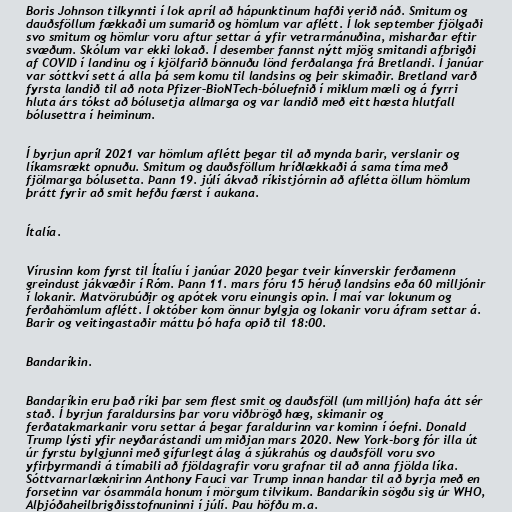
Boris Johnson tilkynnti í lok apríl að hápunktinum hafði verið náð. Smitum og
dauðsföllum fækkaði um sumarið og hömlum var aflétt. Í lok september fjölgaði
svo smitum og hömlur voru aftur settar á yfir vetrarmánuðina, misharðar eftir
svæðum. Skólum var ekki lokað. Í desember fannst nýtt mjög smitandi afbrigði
af COVID í landinu og í kjölfarið bönnuðu lönd ferðalanga frá Bretlandi. Í janúar
var sóttkví sett á alla þá sem komu til landsins og þeir skimaðir. Bretland varð
fyrsta landið til að nota Pfizer–BioNTech-bóluefnið í miklum mæli og á fyrri
hluta árs tókst að bólusetja allmarga og var landið með eitt hæsta hlutfall
bólusettra í heiminum.

Í byrjun apríl 2021 var hömlum aflétt þegar til að mynda barir, verslanir og
líkamsrækt opnuðu. Smitum og dauðsföllum hríðlækkaði á sama tíma með
fjölmarga bólusetta. Þann 19. júlí ákvað ríkistjórnin að aflétta öllum hömlum
þrátt fyrir að smit hefðu færst í aukana.

Ítalía.

Vírusinn kom fyrst til Ítalíu í janúar 2020 þegar tveir kínverskir ferðamenn
greindust jákvæðir í Róm. Þann 11. mars fóru 15 héruð landsins eða 60 milljónir
í lokanir. Matvörubúðir og apótek voru einungis opin. Í maí var lokunum og
ferðahömlum aflétt. Í október kom önnur bylgja og lokanir voru áfram settar á.
Barir og veitingastaðir máttu þó hafa opið til 18:00.

Bandaríkin.

Bandaríkin eru það ríki þar sem flest smit og dauðsföll (um milljón) hafa átt sér
stað. Í byrjun faraldursins þar voru viðbrögð hæg, skimanir og
ferðatakmarkanir voru settar á þegar faraldurinn var kominn í óefni. Donald
Trump lýsti yfir neyðarástandi um miðjan mars 2020. New York-borg fór illa út
úr fyrstu bylgjunni með gífurlegt álag á sjúkrahús og dauðsföll voru svo
yfirþyrmandi á tímabili að fjöldagrafir voru grafnar til að anna fjölda líka.
Sóttvarnarlæknirinn Anthony Fauci var Trump innan handar til að byrja með en
forsetinn var ósammála honum í mörgum tilvikum. Bandaríkin sögðu sig úr WHO,
Alþjóðaheilbrigðisstofnuninni í júlí. Þau höfðu m.a.